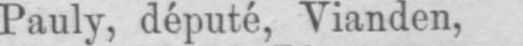
Pauly, député, Vianden,